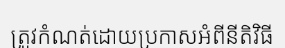
ត្រូវកំណត់ដោយប្រកាសអំពីនីតិវិធី